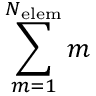
\sum _ { m = 1 } ^ { N _ { \mathrm { e l e m } } } m